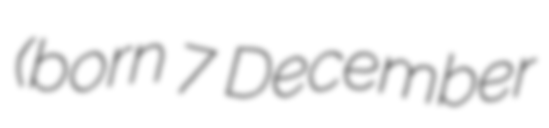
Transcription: (born 7 December